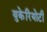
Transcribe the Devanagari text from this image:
युकेरियोटी